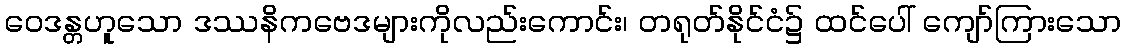
ဝေဒန္တဟူသော ဒဿနိကဗေဒများကိုလည်းကောင်း၊ တရုတ်နိုင်ငံ၌ ထင်ပေါ် ကျော်ကြားသော